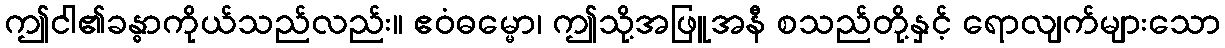
ဤငါ၏ခန္ဓာကိုယ်သည်လည်း။ ဧဝံဓမ္မော၊ ဤသို့အဖြူအနီ စသည်တို့နှင့် ရောလျက်များသော